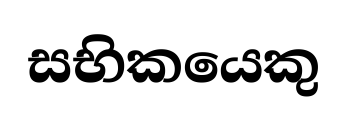
සභිකයෙකු